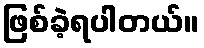
ဖြစ်ခဲ့ရပါတယ်။